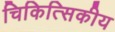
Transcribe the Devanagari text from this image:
चिकित्सिकीय